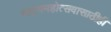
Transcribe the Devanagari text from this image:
नाट्यमहोत्सवासाठीही